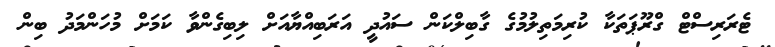
ޓެރަރިސްޓް ގްރޫޕަތަކާ ކުރިމަތިލުމުގެ ގާބިލްކަން ސައުދީ އަރަބިއްޔާއަށް ލިބިގެންވާ ކަމަށް މުހަންމަދު ބިން